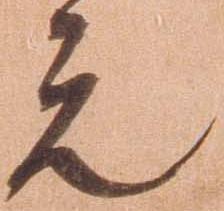
元